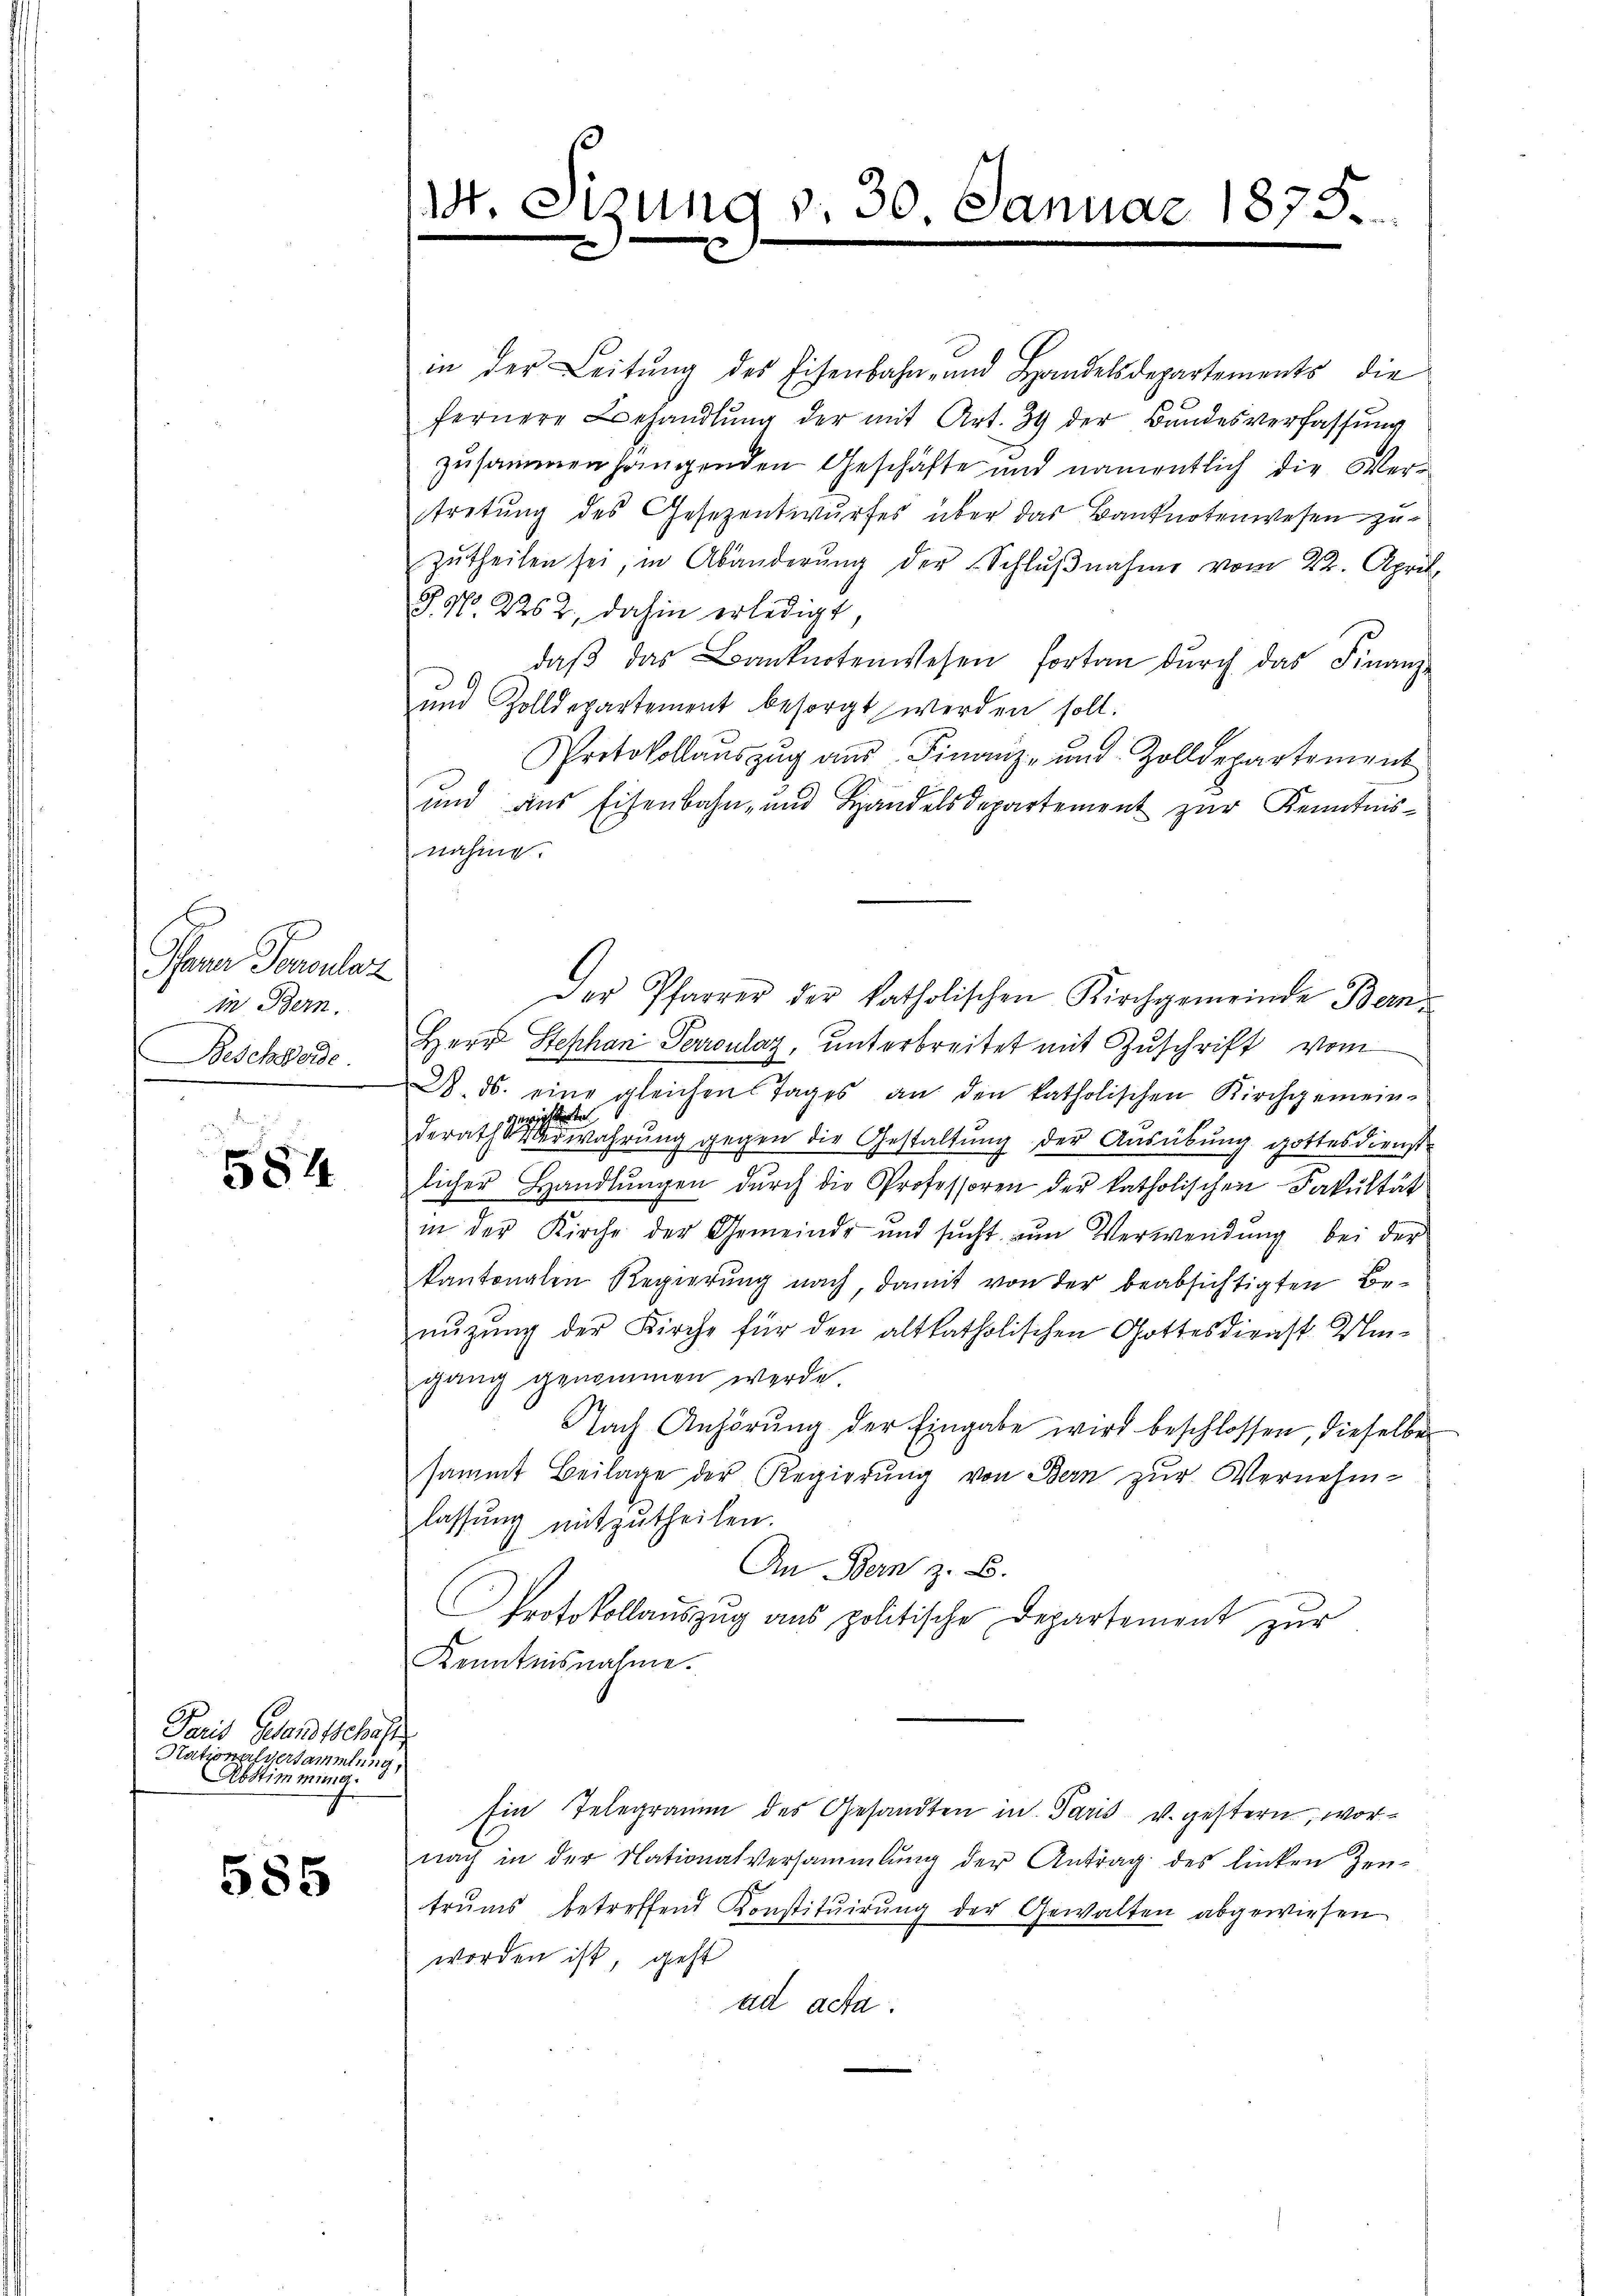
. Jene Franches
in Bern.
Beschwerde

584

Paris Gesandtschal
Nationalversammlung,
Abstimmung.

585

I

1t. Sizung v. 30. Januar 1875.

in der Leitung des Eisenbahn- und Handelsdepartements die
fernere Behandlŭng der mit Art. 39 der Bundesverfassŭng
zusammenhängenden Geschäfte und namentlich die Vertretung des Gesezentwurfes über das Banknotenwesen zu
zutheilen sei, in Abänderung der Schlŭβnahme vom 22. April
J. No. 2262, dahin erledigt
 daβ das Banknotenwesen fortan dŭrch das Finanz-
und Zolldepartement besorgt werden soll.
Protokollaŭszŭg aŭs Finanz- und Zolldepartement
und aus Eisenbahn- und Handelsdepartement zur Kenntnis-
nahme.
Der Pfarrer der katholischen Kirchgemeinde Bern
Herr Stephan Perronlaz, unterbreitet mit Zuschrift vom
2 ds. eine gleichen Tages an den katholischen Kirchgemein-
gewiesente
derath Verwahrung gegen die Gestaltung der Ausübung gottesdienst
licher Handlŭngen durch die Professoren der katholischen Fakultät
in der Kirche der Gemeinde und sucht zum Verwendung bei der
kantonalen Regierung nach, damit von der beabsichtigten Benuzung der Kirche für den altkatholischen Gottesdienst Wingang genommen werde
Nach Anhörung der Eingabe wird beschlossen, dieselbe
sammt Beilage der Regierung von Bern zur Vernehm-
lassung mitzutheilen.
An Bern z. B.
Protokollauszug aus politische Departement zur
Kenntnisnahme.
Ein Telegramm des Gesandten in Paris v. gestern, wornach in der Nationalversammlung der Antrag des linken Zeu-
trums betreffend Konstituirung der Gewalten abgewiesen
worden ist, geht
ad acta.